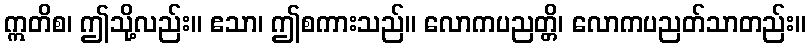
ဣတိစ၊ ဤသို့လည်း။ ဧသာ၊ ဤစကားသည်။ လောကပညတ္တိ၊ လောကပညတ်သာတည်း။